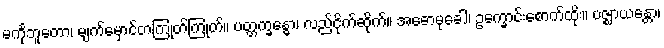
မင်္ကုဘူတော၊ မျက်မှောင်တကြုတ်ကြုတ်။ ပတ္တက္ခန္ဓော၊ လည်ငိုက်ဆိုက်။ အဓောမုခေါ၊ ဥက္ခောင်းစောက်ထိုး။ ပဇ္ဈာယန္တော၊